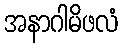
အနာဂါမိဖလံ